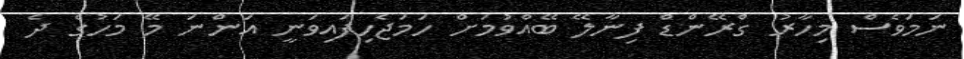
ނަމަވެސް މިހާރު ގްރޭންޑް ފިނާލޭ ބޭއްވުމަށް ހަމަޖެހިފައިވަނީ އަންނަ މޭ މަހުގެ ދެ